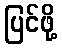
ပြင်ဖို့